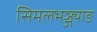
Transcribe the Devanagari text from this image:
सिमलभञ्ज्याङ